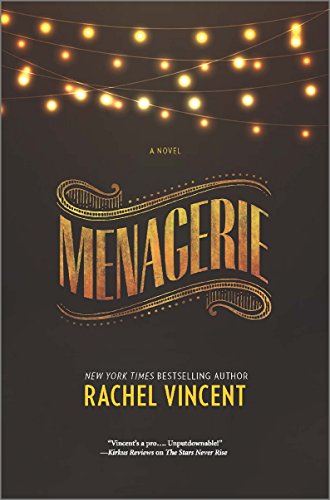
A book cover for Menagerie (The Menagerie Series); Rachel Vincent; Science Fiction & Fantasy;